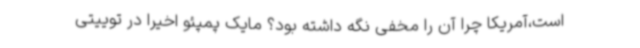
است،آمریکا چرا آن را مخفی نگه داشته بود؟ مایک پمپئو اخیرا در توییتی